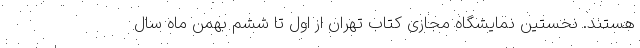
هستند. نخستین نمایشگاه مجازی کتاب تهران از اول تا ششم بهمن ماه سال